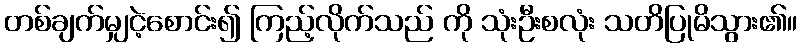
တစ်ချက်မျှငဲ့စောင်း၍ ကြည့်လိုက်သည် ကို သုံးဦးစလုံး သတိပြုမိသွား၏။